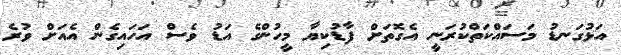
އަޅުގަނޑު މަސައްކަތްކުރަނީ އެގޮތަށް ފާޑުކިޔާ މީހުންގެ އަޑު ވެސް އަހައިގެން އެއަށް ވުރެ